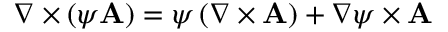
\nabla \times \left( \psi \mathbf { A } \right) = \psi \, ( \nabla \times \mathbf { A } ) + \nabla \psi \times \mathbf { A }